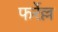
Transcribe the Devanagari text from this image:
फर्रेल्ल